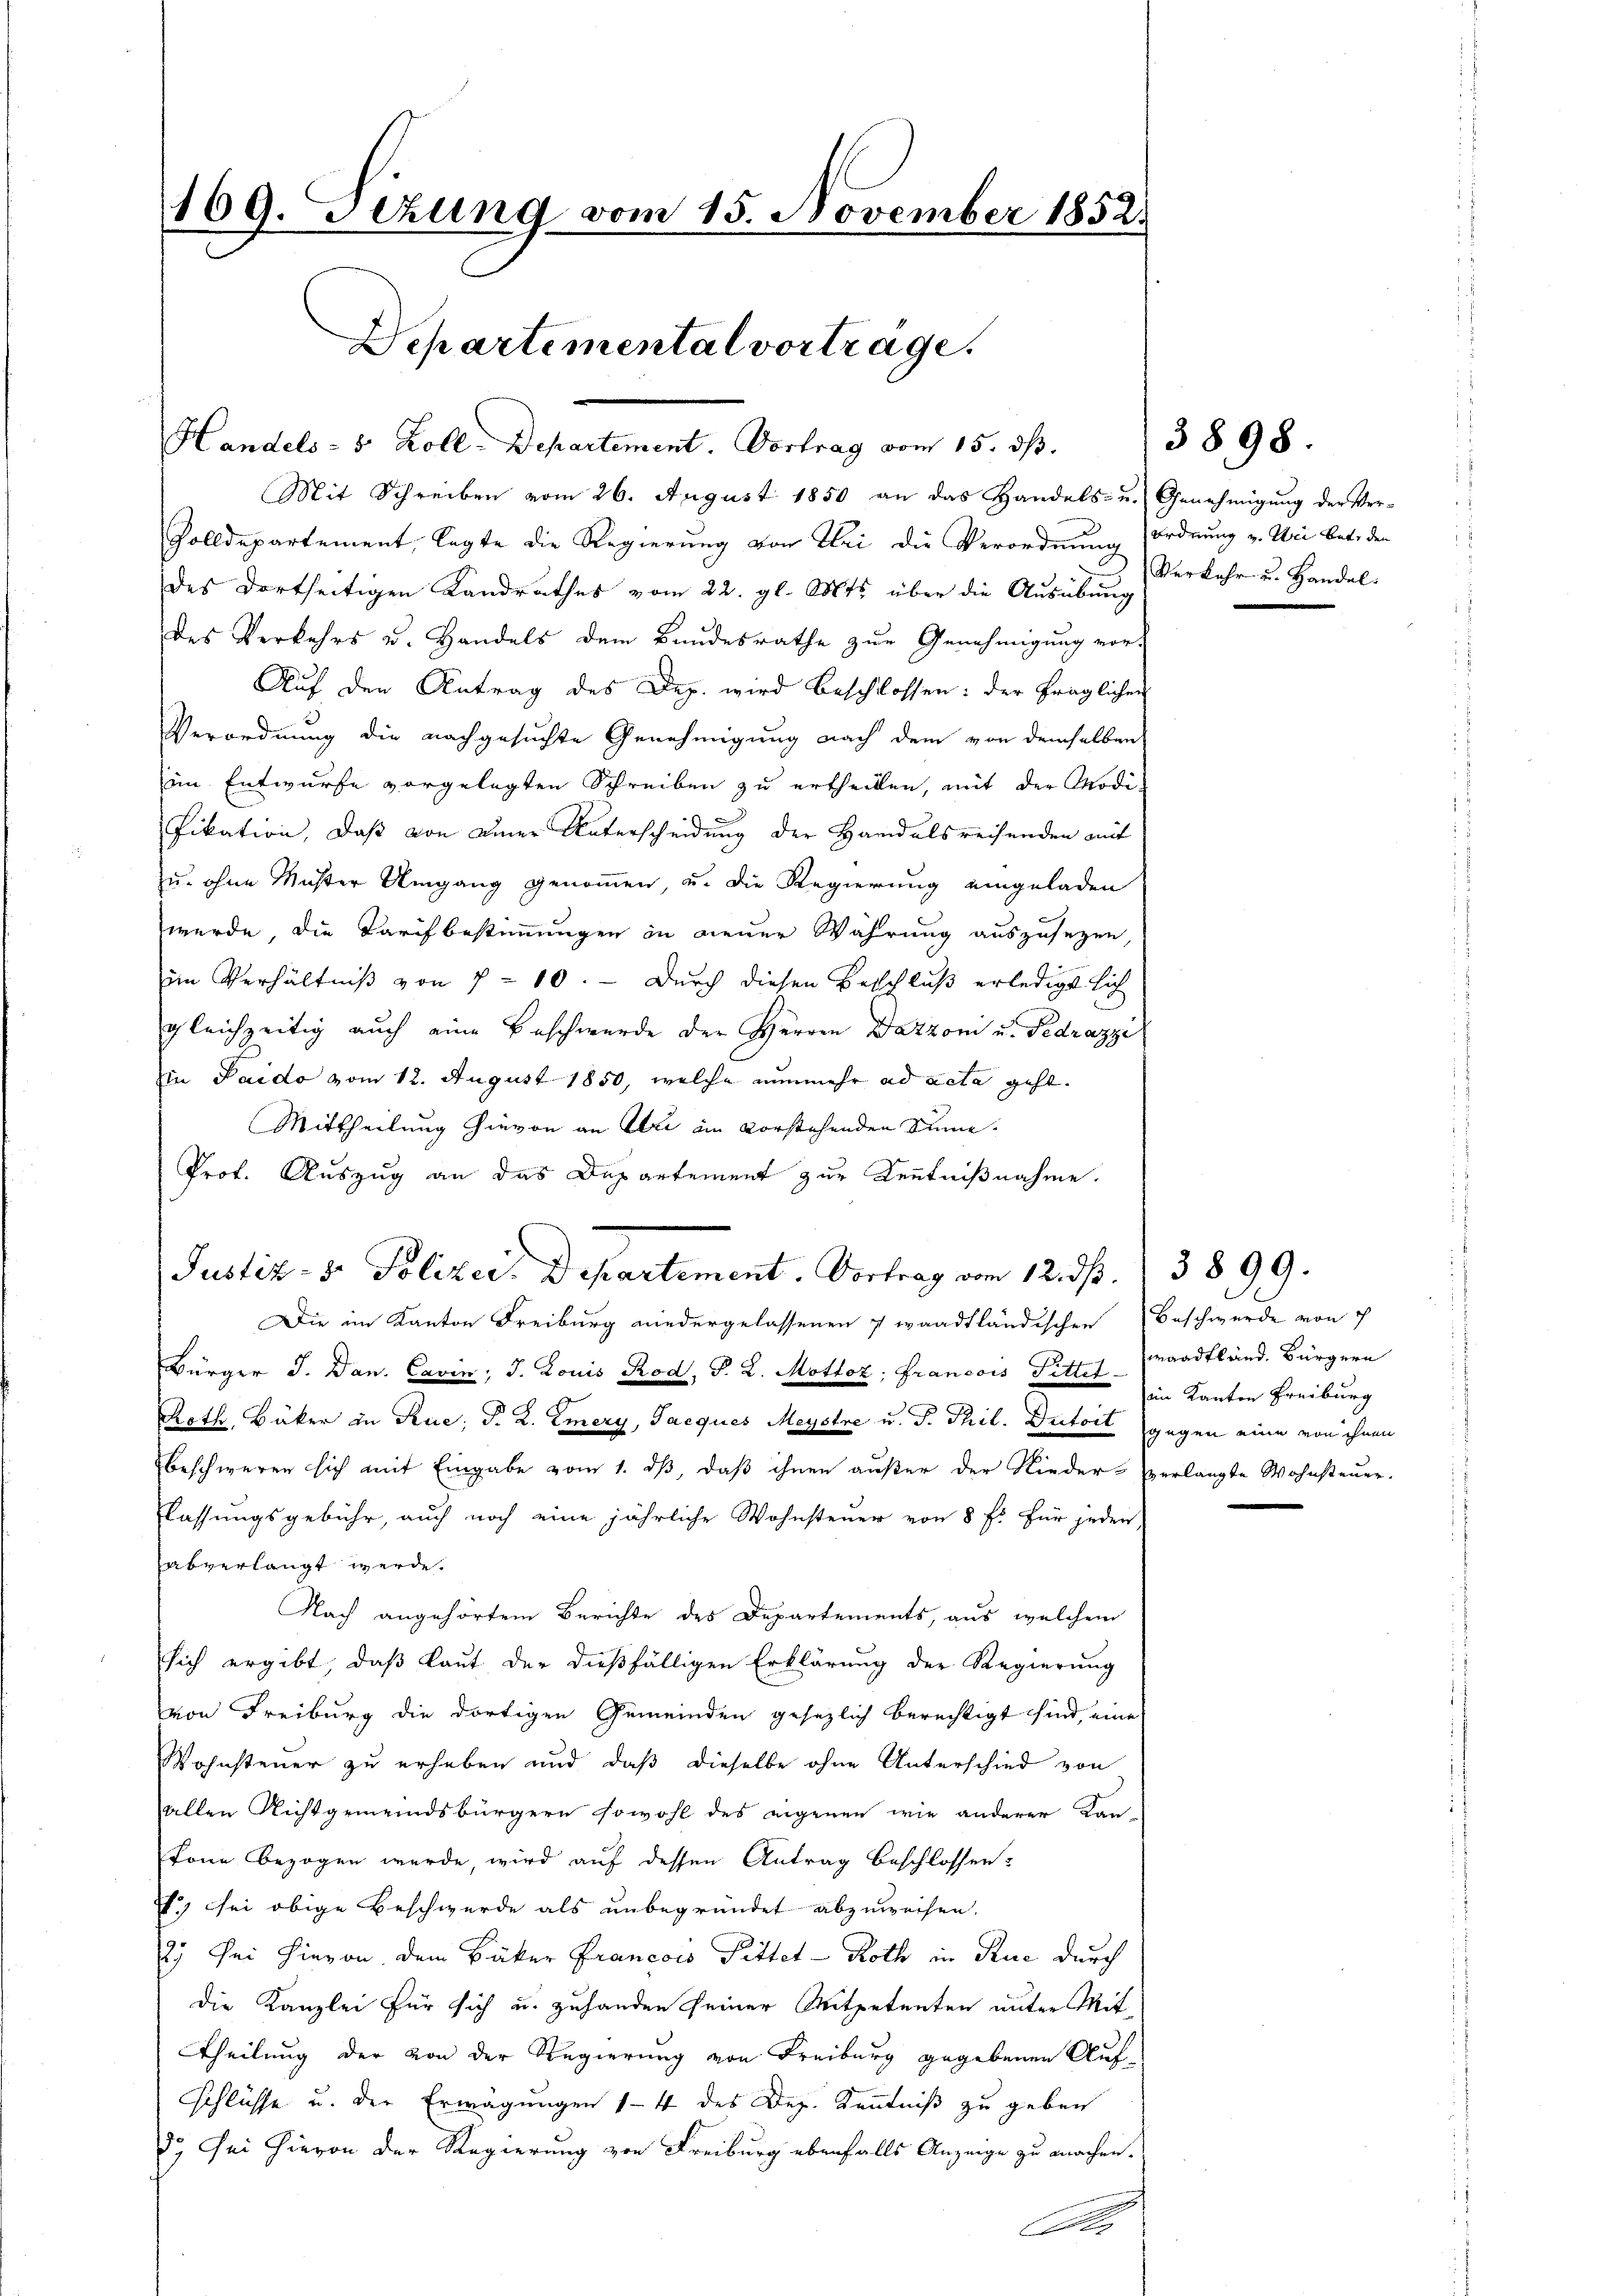
Mit Schreiben vom 26. August 1850 an das Handels- u. Genehmigung der Ver-
Zolldepartement, legte die Regierung von Sei die Verordnung Ordnung v. Uri betr. der
des dortseitigen Landrathes vom 22. gl. Mts. über die Ausübung
des Verkehrs u. Handels dem Bundesrathe zur Genehmigung vor-
Auf den Antrag des Dep. wird beschlossen: der fraglichen
Verordnung die nachgesuchte Genehmigung nach dem von demselben
im Entwurfe vorgelegten Schreiben zu ertheilen, mit der Modi
fikation, daß von einer Unterscheidung der Handelsreisenden mit
u. ohne Muster Umgang genommen, u. die Regierung eingeladen
werde, die Tarifbestimmungen in neuer Wahrung auszusetzen,
im Verhältniß von 7 - 10. — Durch diesen Beschluß erledigt sich
gleichzeitig auch eine Beschwerde der Herren Dazzoni u. Pedrazze
Ein Paido vom 12. August 1850, welche nunmehr ad acta geht.
Mittheilung hievon an Uri im vorstehenden Sinne¬
Prof. Auszug an das Departement zur Kenntnißnahme.
Justiz- & Polizer. Departement. Vortrag vom 12. ds. 3899.

109. Sezung vom 15. November 1852.
Departemental vortrage.

Handels- 5 Zoll-Departement. Vortrag vom 15. ds.

Die im Kanton Freiburg niedergelassenen 7 waadtländischen Beschwerde von 7
Bürger J. Dan. Cavin; J. Louis Rod, T. 2. Mottoz; Francois Pittel waadtländ. Bürgern
Reth, Bäker in Rue; P. R. Emery, Jacques Meystre u. T. Thil. Dritoit gegen eine von ihnen
beschweren sich mit Eingabe vom 1. dβ, daß ihnen außer der Nieder-verlangte Wohnsteŭer-
Klassungsgebühr, auch noch eine jährliche Wohnsteuer von 8 f. für jeden
abverlangt werde.
Nach angehörtem Berichte des Departements, aus welchem
sich ergibt, daß laut der dießfälligen Erklärung der Regierung
von Freiburg die dortigen Gemeinden gesezlich berechtigt sind, eine
Wohnsteuer zu erheben und daß dieselbe ohne Unterschied von
allen Richtgemeindsbürgern sowohl des eigenen wie anderer Kan-
Tone bezogen wurde, wird auf dessen Antrag beschlossen:
) sei obige Beschwerde als unbegründet abzuweisen.
2. Sei hievon dem Bäker Francois Pittet - Roth in Rue durch
die Kanzlei für sich u. zuhanden seiner Mitpetenten unter Mit¬
Theilung der von der Regierung von Freiburg gegebenen Aufschlüsse u. der Erwägungen 14 des Dep. Kenntniß zu geben
8. Sei hievon der Regierung von Freiburg ebenfalls Anzeige zu machen.
A

Verkehr u. Handel.

3898.

im Kanton Freiburg